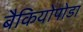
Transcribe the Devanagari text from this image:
बैकियोपोडा